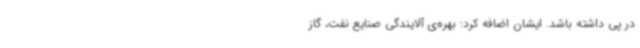
در پی داشته باشد. ایشان اضافه کرد: بهره‌ی آلایندگی صنایع نفت، گاز